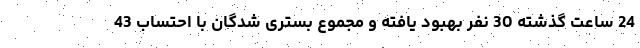
24 ساعت گذشته 30 نفر بهبود یافته و مجموع بستری شدگان با احتساب 43